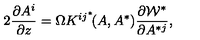
2 { \frac { \partial A ^ { i } } { \partial z } } = \Omega K ^ { i j ^ { * } } \! ( A , A ^ { * } ) \frac { \partial { \cal W } ^ { * } } { \partial A ^ { * j } } ,